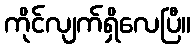
ကိုင်လျက်ရှိလေပြီ။